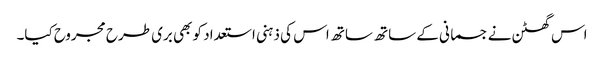
اس گھٹن نے جسمانی کے ساتھ ساتھ اس کی ذہنی استعداد کو بھی بری طرح مجروح کیا۔